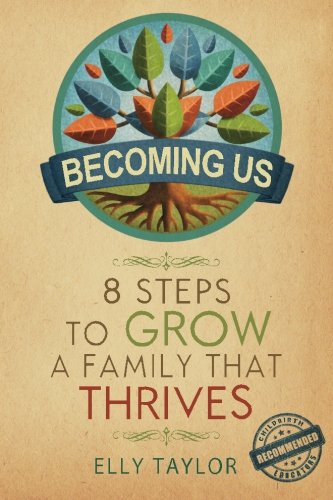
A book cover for Becoming Us: 8 Steps to Grow a Family that Thrives; Elly Taylor; Parenting & Relationships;